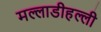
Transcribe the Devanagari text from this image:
मल्लाडीहल्ली